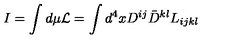
I = \int d \mu { \cal L } = \int d ^ { 4 } x D ^ { i j } \bar { D } ^ { k l } L _ { i j k l }